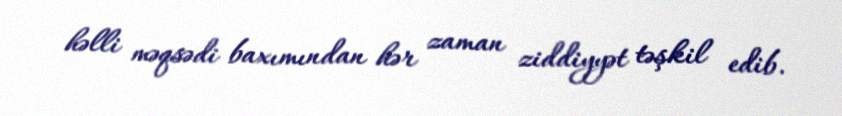
həlli məqsədi baxımından hər zaman ziddiyyət təşkil edib.